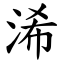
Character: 浠